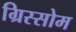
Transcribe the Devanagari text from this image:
ग्रिस्सोम